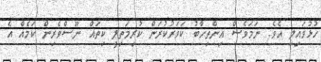
ހުޅުވައިލި އެވެ. ނަމަވެސް އިންތިހާބު ކަވަރުކުރަން ކުރިމަތިލީ ކިތައް ނޫސްވެރިން ކަމެއް އެ